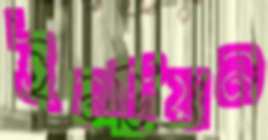
ইনডিয়ান